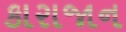
કારાજાન